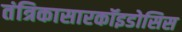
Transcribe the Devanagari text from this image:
तंत्रिकासारकॉइडोसिस